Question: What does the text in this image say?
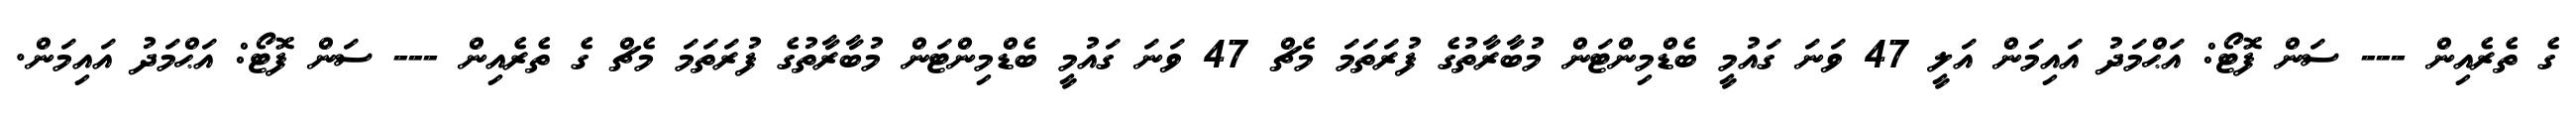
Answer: ގެ ތެރެއިން --- ސަން ފޮޓޯ: އަޙްމަދު އައިމަން އަލީ 47 ވަނަ ގައުމީ ބެޑްމިންޓަން މުބާރާތުގެ ފުރަތަމަ މެޗް 47 ވަނަ ގައުމީ ބެޑްމިންޓަން މުބާރާތުގެ ފުރަތަމަ މެޗް ގެ ތެރެއިން --- ސަން ފޮޓޯ: އަޙްމަދު އައިމަން.